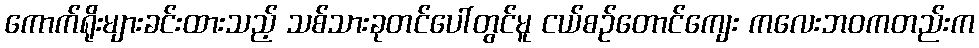
ကောက်ရိုးများခင်းထားသည့် သစ်သားခုတင်ပေါ်တွင်မူ ငယ်စဉ်တောင်ကျေး ကလေးဘဝကတည်းက